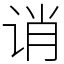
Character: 诮